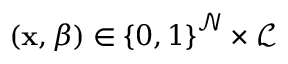
\left( \mathbf { x } , \beta \right) \in \left\{ 0 , 1 \right\} ^ { \mathcal { N } } \times \mathcal { L }